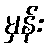
မှန်း